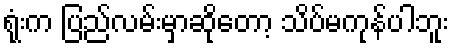
ရုံးက ပြည်လမ်းမှာဆိုတော့ သိပ်မကုန်ပါဘူး